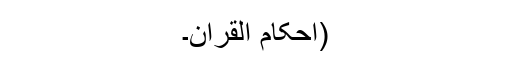
(احکام القران۔